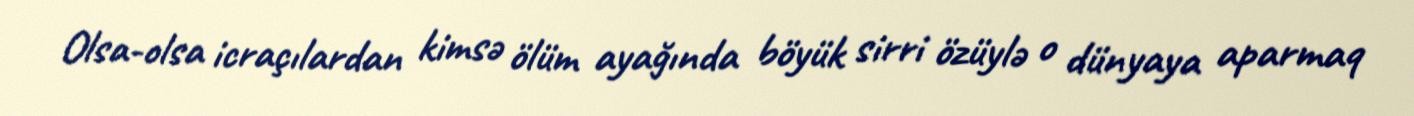
Olsa-olsa icraçılardan kimsə ölüm ayağında böyük sirri özüylə o dünyaya aparmaq